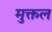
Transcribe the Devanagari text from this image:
मुक्तल